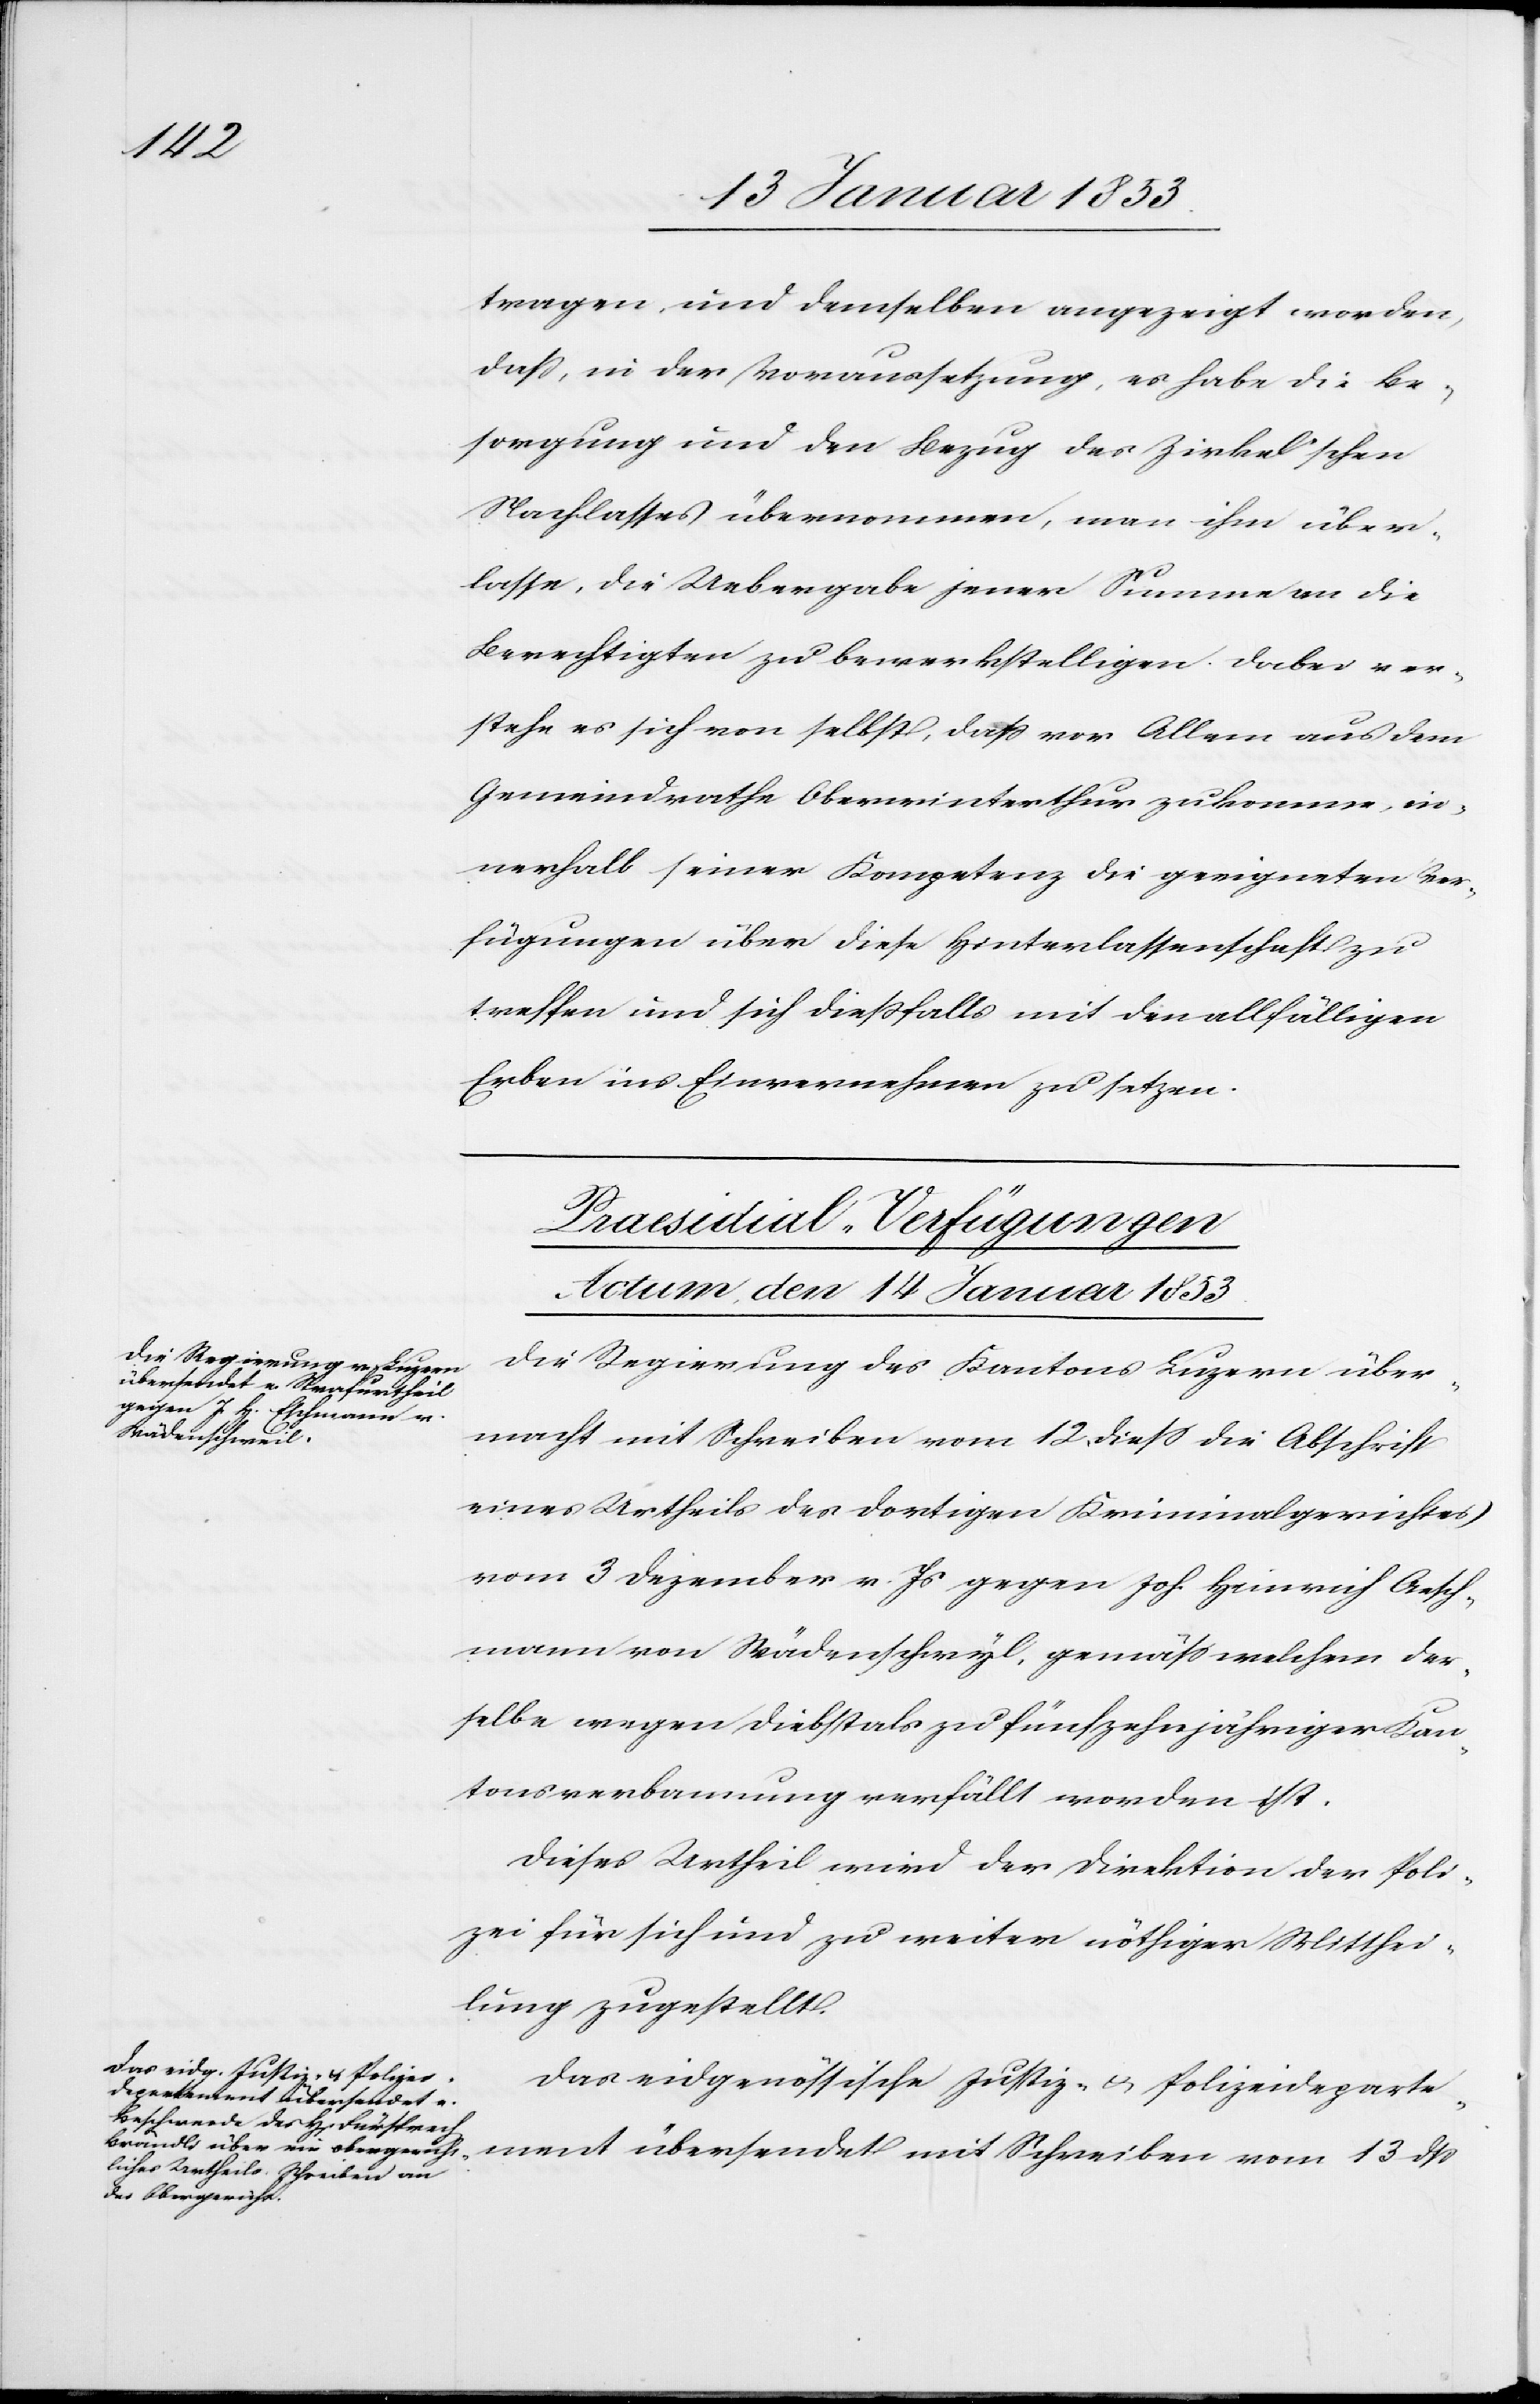
13

tragen, und demselben angezeigt worden,
daß, in der Vorraussetzung, es habe die Be¬
sorgung und der Bezug des Zirkel’schen
Nachlasses übernommen, man ihm über¬
lassen, die Uebergabe jener Summe an die
Berechtigten zu bewerkstelligen. Dabei ver¬
stehe es sich von selbst, daß vor Allem aus dem
Gemeindrathe Oberwinterthur zukomme, in¬
nerhalb seiner Kompetenz die geeigneten Ver¬
fügungen über diese Hinterlassenschaft zu
treffen und sich dießfalls mit den allfälligen
Erben ins Einvernehmen zu setzen.
[Praesidial-Verfügungen
Actum den 14 Januar 1853]
Die Regierung des Kantons Luzern über¬
übersendet mit Schreiben
Wädenschwyl,
macht mit Schreiben vom 12 dieß die Abschrift
eines Urtheils des dortigen Kriminalgerichtes
vom 3 Dezember v. Js. gegen Joh. Heinrich Aesch¬
selbe wegen Diebstahls zu fünfzehnjähriger Kan¬
tonsverbannung verfällt worden ist.
Dieses Urtheil wird der Direktion der Poli¬
zei für sich und zu weiter nöthiger Mitthei¬
lung zugestellt.
Das eidgenößische Justiz- u. Polizeideparte¬